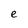
Character: e